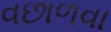
વછાળવા